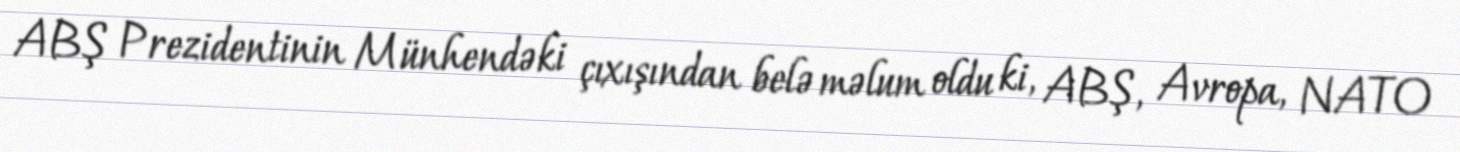
ABŞ Prezidentinin Münhendəki çıxışından belə məlum oldu ki, ABŞ, Avropa, NATO